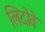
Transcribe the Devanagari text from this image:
लिदोवे